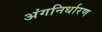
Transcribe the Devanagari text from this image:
अंगनिर्धारण